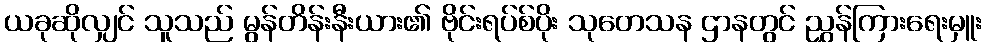
ယခုဆိုလျှင် သူသည် မွန်တိန်းနီးယား၏ ဗိုင်းရပ်စ်ပိုး သုတေသန ဌာနတွင် ညွှန်ကြားရေးမှူး